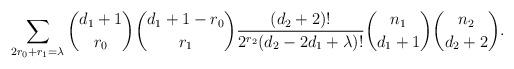
LaTeX: \begin{align*}\sum_{2r_0+r_1=\lambda} {d_1+1 \choose r_0} {d_1+1-r_0 \choose r_1} \frac{(d_2+2)!}{2^{r_2}(d_2-2d_1+\lambda)!} {n_1 \choose d_1+1} {n_2 \choose d_2+2}. \end{align*}